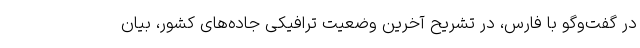
در گفت‌وگو با فارس، در تشریح آخرین وضعیت ترافیکی جاده‌های کشور‌، بیان